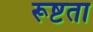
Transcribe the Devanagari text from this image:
रूष्टता